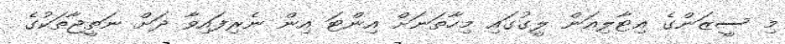
މި ސީޒަންގެ އިޓާލިއަން ލީގުގައި މިހާތަނަށް އިންޓަ އިން ނެރިފައިވާ ދަށް ނަތީޖާތަކުގެ